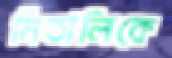
মিতালিকে